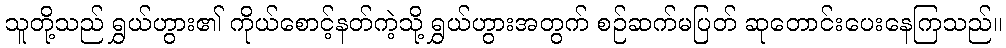
သူတို့သည် ရွှယ်ဟွား၏ ကိုယ်စောင့်နတ်ကဲ့သို့ ရွှယ်ဟွားအတွက် စဉ်ဆက်မပြတ် ဆုတောင်းပေးနေကြသည်။